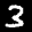
Label: 3